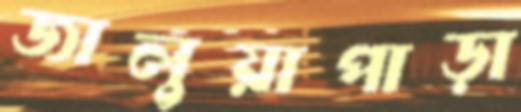
জালুয়াপাড়া